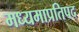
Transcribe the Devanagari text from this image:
मध्यमाप्रतिपद